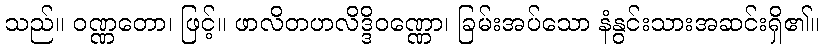
သည်။ ဝဏ္ဏတော၊ ဖြင့်။ ဖာလိတဟလိဒ္ဒိဝဏ္ဏော၊ ခြမ်းအပ်သော နံနွင်းသားအဆင်းရှိ၏။